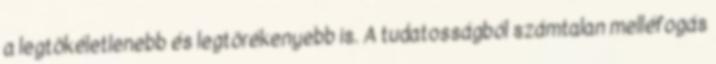
a legtökéletlenebb és legtörékenyebb is. A tudatosságból számtalan melléfogás